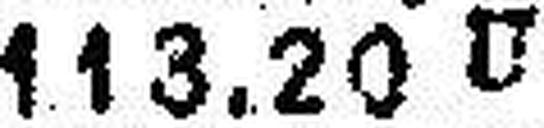
113.20 U